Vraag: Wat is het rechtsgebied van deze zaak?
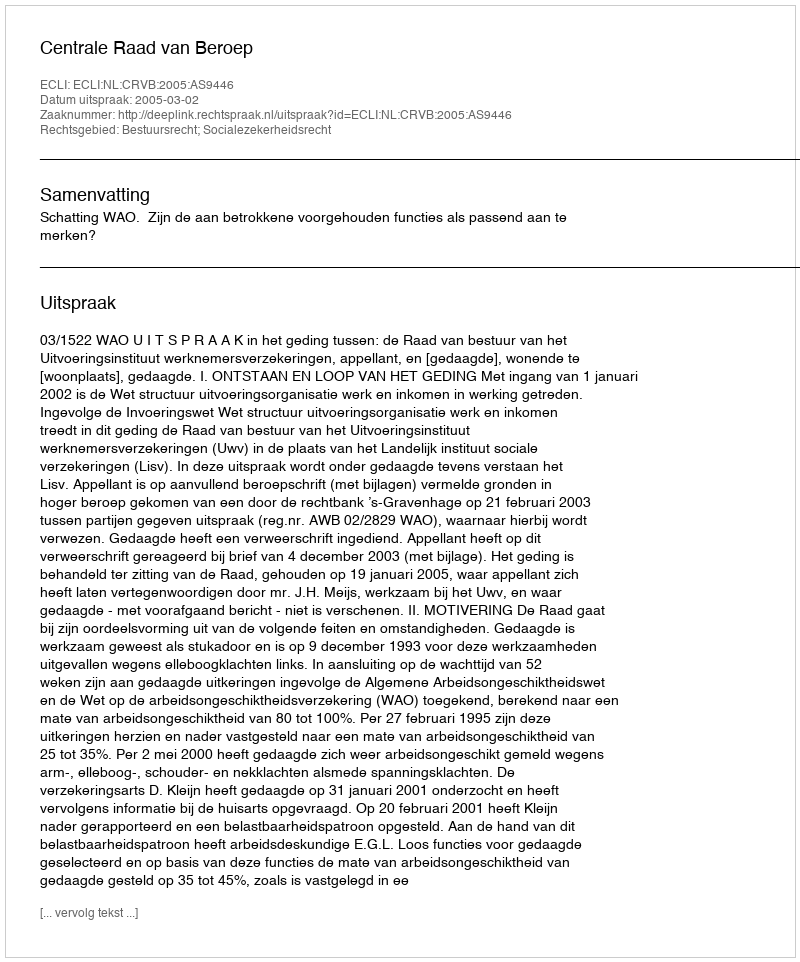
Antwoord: Bestuursrecht; Socialezekerheidsrecht